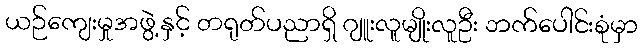
ယဉ်ကျေးမှုအဖွဲ့နှင့် တရုတ်ပညာရှိ ဂျူးလူမျိုးလူဦး ဘက်ပေါင်းစုံမှာ